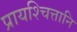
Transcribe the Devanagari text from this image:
प्रायश्चित्तानि